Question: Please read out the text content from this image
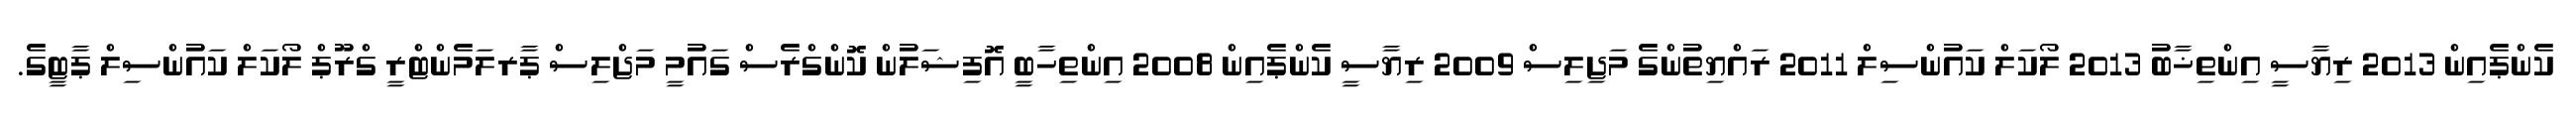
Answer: ކެންޕެއިން 2013 ރިޔާސީ އިންތިޚާބު 2013 ލޯކަލް ކައުންސިލް 2011 ރައްޔިތުންގެ މަޖިލިސް 2009 ރިޔާސީ ކެންޕެއިން 2008 އިންތިހާބީ އޮފިޝަލުން ކޮންގްރެސް ގައުމީ މަޖްލިސް ޕާރލަމެންޓްރީ ގްރޫޕް ލޯކަލް ކައުންސިލް ޕާޓީގެ.